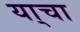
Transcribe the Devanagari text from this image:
या्चा